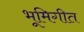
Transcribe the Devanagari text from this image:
भूमिगीत